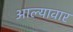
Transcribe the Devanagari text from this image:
आल्यावार